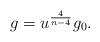
LaTeX: \begin{align*} g = u^{\frac{4}{n-4}}g_0.\end{align*}